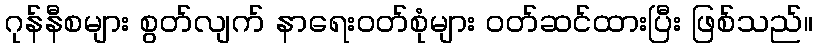
ဂုန်နီစများ စွတ်လျက် နာရေးဝတ်စုံများ ဝတ်ဆင်ထားပြီး ဖြစ်သည်။